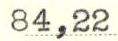
84,22